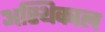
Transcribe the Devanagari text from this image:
अस्थिकाल